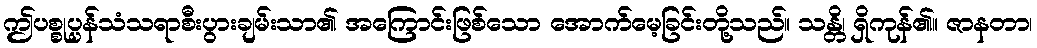
ဤပစ္စုပ္ပန်သံသရာစီးပွားချမ်းသာ၏ အကြောင်းဖြစ်သော အောက်မေ့ခြင်းတို့သည်။ သန္တိ၊ ရှိကုန်၏။ ဇာနတာ၊